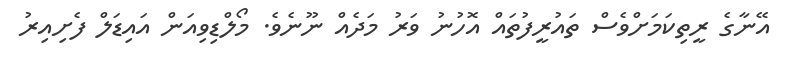
އޭނާގެ ރީތިކަމަށްވެސް ތައުރީފުތައް އޮހުނު ވަރު މަދެއް ނޫނެވެ. މޯލްޑިވިއަން އައިޑަލް ފެށިއިރު